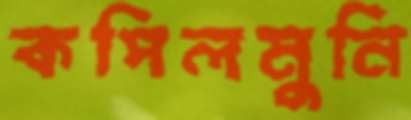
কপিলমুনি